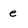
Character: e